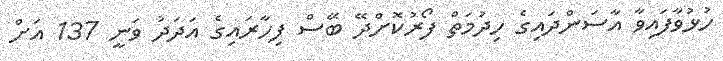
ހުޅުވާފައިވާ އާސަންދައިގެ ހިދުމަތް ފޯރުކޮށްދޭ ބޭސް ފިހާރައިގެ އަދަދު ވަނީ 137 އަށް